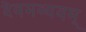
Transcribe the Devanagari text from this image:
देवमव्ययम्